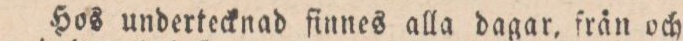
Hos undertecknad finnes alla dagar, från och